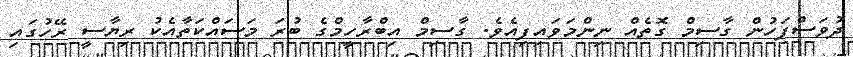
ދުވަސްފަހުން ގާސިމް ގޮތެއް ނިންމަވައިފިއެވެ. ގާސިމް އިބްރާހީމްގެ ބުރަ މަސައްކަތާއެކު ރިޔާސީ ރޭހުގައި